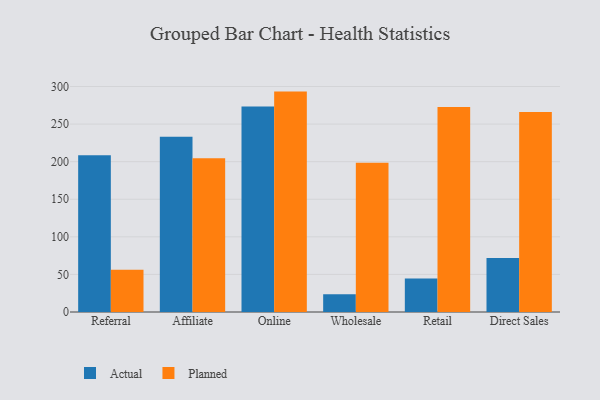
{"axis": {"x": "Channel", "y": "Operating Costs (USD K)"}, "legend": ["Actual", "Planned"], "data": [{"x": "Referral", "y": 208.5, "type": "Actual"}, {"x": "Referral", "y": 56.1, "type": "Planned"}, {"x": "Affiliate", "y": 233.2, "type": "Actual"}, {"x": "Affiliate", "y": 204.5, "type": "Planned"}, {"x": "Online", "y": 273.4, "type": "Actual"}, {"x": "Online", "y": 293.2, "type": "Planned"}, {"x": "Wholesale", "y": 23.6, "type": "Actual"}, {"x": "Wholesale", "y": 198.5, "type": "Planned"}, {"x": "Retail", "y": 44.5, "type": "Actual"}, {"x": "Retail", "y": 272.6, "type": "Planned"}, {"x": "Direct Sales", "y": 71.9, "type": "Actual"}, {"x": "Direct Sales", "y": 266.0, "type": "Planned"}]}